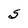
Character: S